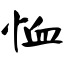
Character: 恤